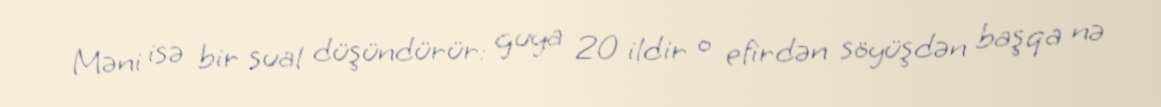
Məni isə bir sual düşündürür: guya 20 ildir o efirdən söyüşdən başqa nə